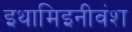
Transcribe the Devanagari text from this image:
इथामिइनीवंश